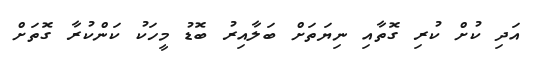
އަދި ކުށް ކުރި ގޮތާއި ނިޔަތަށް ބަލާއިރު ބޮޑު މީހަކު ކަންކުރާ ގޮތަށް